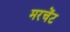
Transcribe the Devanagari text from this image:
मरचेंट